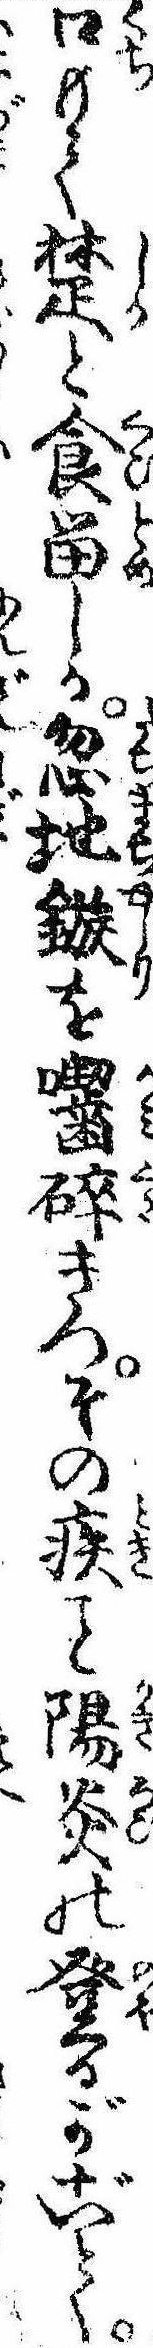
口もて楚と食留しか忽地鏃を囓砕きつその疾陽炎の登るがごとく